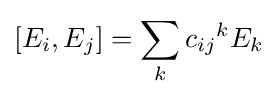
[E_{i},E_{j}]=\sum _{k}{c_{ij}}^{k}E_{k}